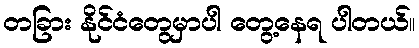
တခြား နိုင်ငံတွေမှာပါ တွေ့နေရ ပါတယ်။